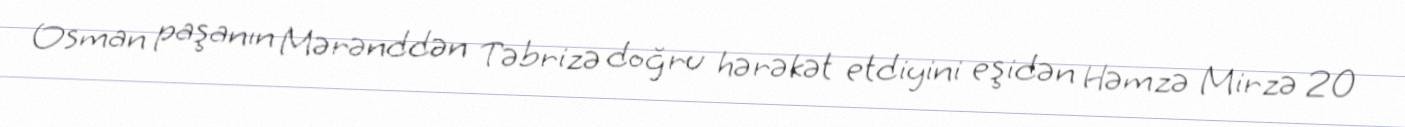
Osman paşanın Mərənddən Təbrizə doğru hərəkət etdiyini eşidən Həmzə Mirzə 20